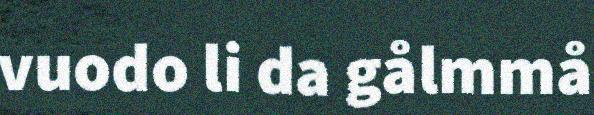
vuodo li da gålmmå